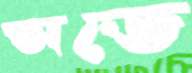
অডে